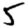
Digit: 5